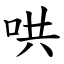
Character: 哄